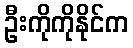
ဦးကိုကိုနိုင်က